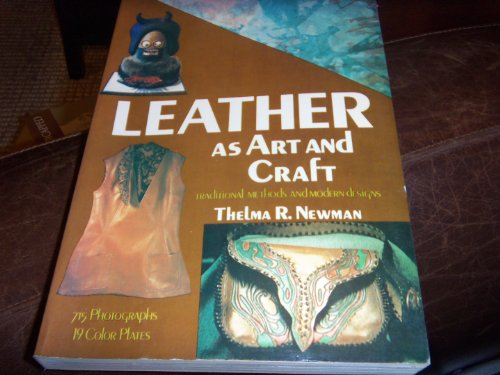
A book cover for Leather As Art and Craft; Thelma R. Newman; Crafts, Hobbies & Home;